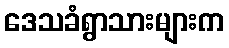
ဒေသခံရွာသားများက